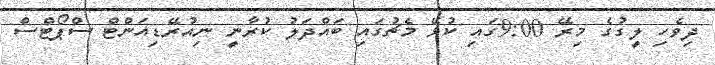
ދިވެހި ލީގުގެ މިރޭ 9:00ގައި ކުޅޭ މެޗުގައި ބައްދަލު ކުރާނީ ނިއުރޭޑިއަންޓް ސްޕޯޓްސް